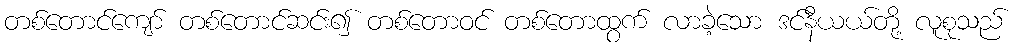
တစ်တောင်ကျော် တစ်တောင်ဆင်း၍ တစ်တောဝင် တစ်တောထွက် လာခဲ့သော ဒင်နီယယ်တို့ လူစုသည်